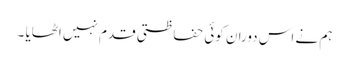
ہم نے اس دوران کوئی حفاظتی قدم نہیں اٹھایا ۔